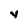
Character: v